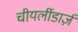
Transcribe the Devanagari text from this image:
चीयर्लीडार्ज़